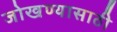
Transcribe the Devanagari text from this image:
जोखण्यासाठी